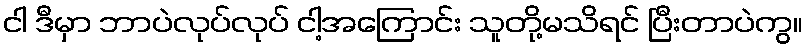
ငါ ဒီမှာ ဘာပဲလုပ်လုပ် ငါ့အကြောင်း သူတို့မသိရင် ပြီးတာပဲကွ။